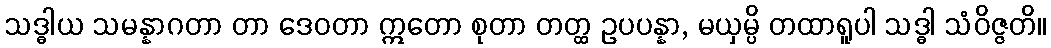
သဒ္ဓါယ သမန္နာဂတာ တာ ဒေဝတာ ဣတော စုတာ တတ္ထ ဥပပန္နာ, မယှမ္ပိ တထာရူပါ သဒ္ဓါ သံဝိဇ္ဇတိ။